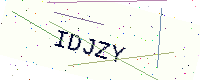
Text: IDJZY